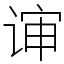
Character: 谉